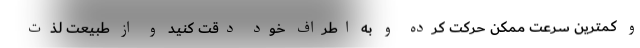
و کمترین سرعت ممکن حرکت کرده و به اطراف خود دقت کنید و از طبیعت لذت